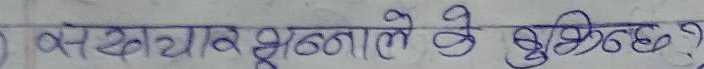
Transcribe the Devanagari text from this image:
सदाचार झाले के सुबिद ?